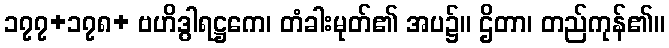
၁၇၇+၁၇၈+ ဗဟိဒွါရဋ္ဌကေ၊ တံခါးမုတ်၏ အပ၌။ ဌိတာ၊ တည်ကုန်၏။